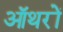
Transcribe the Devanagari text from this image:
ऑथरों